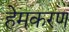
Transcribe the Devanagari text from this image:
हेमकरण